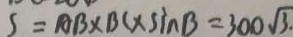
S = A B \times B C \times \sin B = 3 0 0 \sqrt { 3 } .